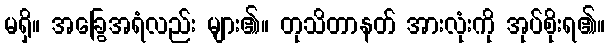
မရှိ။ အခြွေအရံလည်း များ၏။ တုသိတာနတ် အားလုံးကို အုပ်စိုးရ၏။